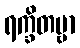
ရက္ခိတဗ္ဗာ